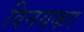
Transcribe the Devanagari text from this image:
विनयकर